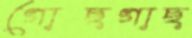
গোছগাছ